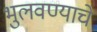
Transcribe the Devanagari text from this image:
भुलवण्याचे